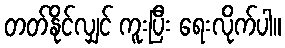
တတ်နိုင်လျှင် ကူးပြီး ရေးလိုက်ပါ။